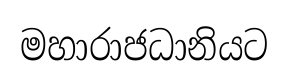
මහාරාජධානියට